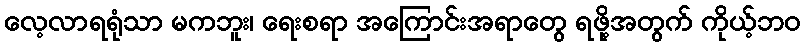
လေ့လာရရုံသာ မကဘူး၊ ရေးစရာ အကြောင်းအရာတွေ ရဖို့အတွက် ကိုယ့်ဘဝ